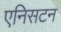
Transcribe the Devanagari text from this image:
एनिसटन